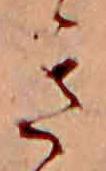
き